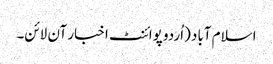
اسلام آباد (اُردو پوائنٹ اخبار آن لائن۔